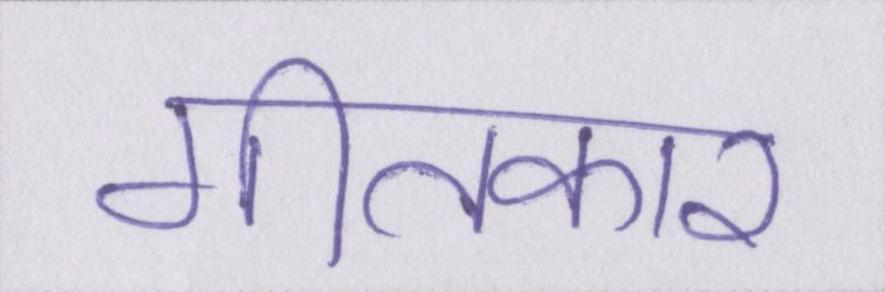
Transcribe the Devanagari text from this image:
गीतकार